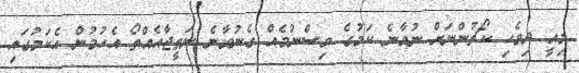
މިއީ ދިވެހި ކޯޗުންނަށް ނުވާނެ ކަމުގެ ވިސްނުމެއް ގެނުވާނެ ނަތީޖާއެއްތޯ އެހުމުން އެކަމުގައި